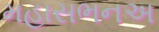
મહાસભનઅ